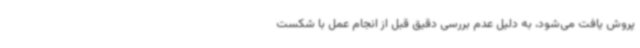
پروش یافت می‌شود، به دلیل عدم بررسی دقیق قبل از انجام عمل با شکست